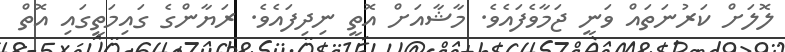
ލޮލަށް ކަރުނަތައް ވަނީ ޖަމާވެފައެވެ. މާޝާއަށް އޮތީ ނިދިފައެވެ. ރަޔާންގެ ގައިމަތީގައި އޮތް